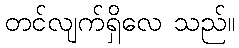
တင်လျက်ရှိလေ သည်။